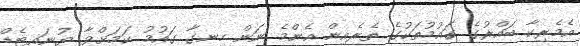
އެމެރިކާ ބައްރުގެ ގައުމުތަކުގެ ތެރެއިން އެންމެ ނަން ހިނގާ ގައުމު ކަމަށްވާ ޔުނައިޓެޑް